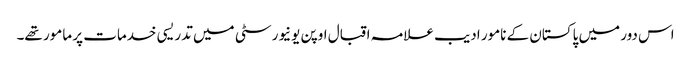
اس دور میں پاکستان کے نامور ادیب علامہ اقبال اوپن یونیورسٹی میں تدریسی خدمات پر مامور تھے۔